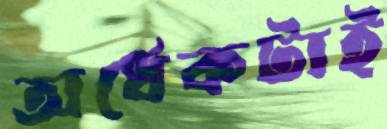
অর্ধেকটাই